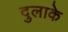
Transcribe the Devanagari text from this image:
दुलाके